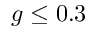
g \leq 0 . 3